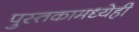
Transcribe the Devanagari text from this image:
पुस्तकामध्येही